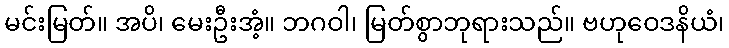
မင်းမြတ်။ အပိ၊ မေးဦးအံ့။ ဘဂဝါ၊ မြတ်စွာဘုရားသည်။ ဗဟုဝေဒနိယံ၊